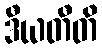
ဒီယတီတိ